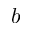
b